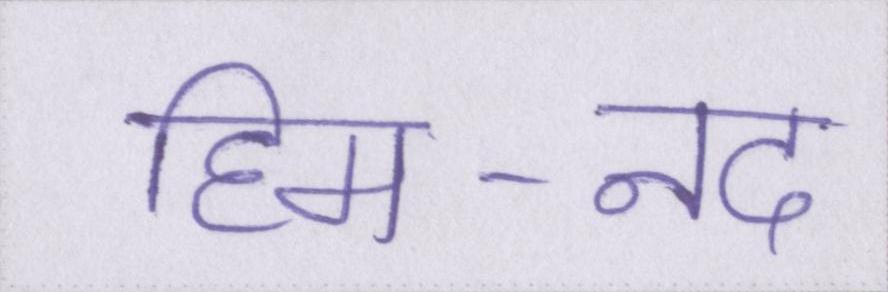
हिम-नद